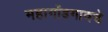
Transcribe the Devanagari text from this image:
महागोंडगावचे